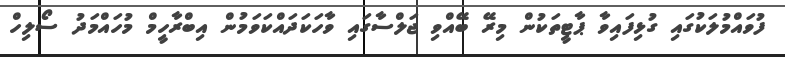
ފުވައްމުލަކުގައި ގުޅިފައިވާ ޕާޓީތަކުން މިރޭ ބޭއްވި ޖަލްސާގައި ވާހަކަދައްކަވަމުން އިބްރާހީމް މުހައްމަދު ސޯލިހް